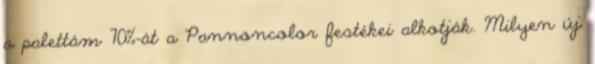
a palettám 70%-át a Pannoncolor festékei alkotják. Milyen új